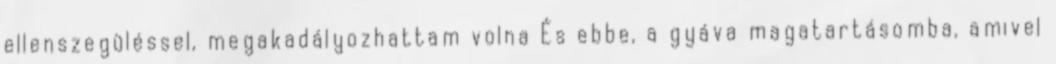
ellenszegüléssel, megakadályozhattam volna És ebbe, a gyáva magatartásomba, amivel